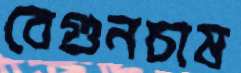
বেগুনচাষ